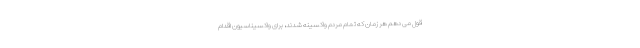
قول می دهم هر زمان که تمام مردم واکسینه شدند، برای واکسیناسیون اقدام